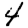
Digit: 4